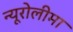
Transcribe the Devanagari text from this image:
न्यूरोलीमा